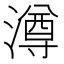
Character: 澊